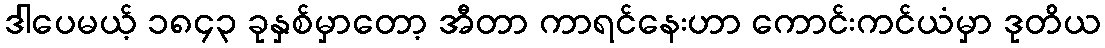
ဒါပေမယ့် ၁၈၄၃ ခုနှစ်မှာတော့ အီတာ ကာရင်နေးဟာ ကောင်းကင်ယံမှာ ဒုတိယ